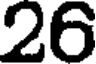
26